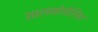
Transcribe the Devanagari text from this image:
सालमोनेलिया